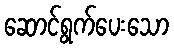
ဆောင်ရွက်ပေးသော